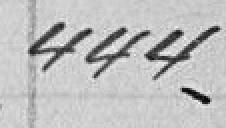
444